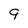
Character: 9